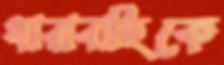
ধারাবাহিকে